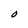
Character: O